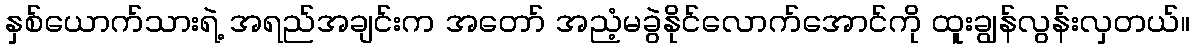
နှစ်ယောက်သားရဲ့ အရည်အချင်းက အတော် အညံ့မခွဲနိုင်လောက်အောင်ကို ထူးချွန်လွန်းလှတယ်။